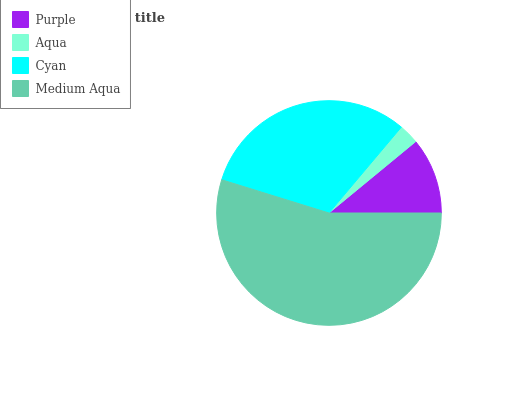
| Purple | Aqua | Cyan | Medium Aqua |
 | --- | --- | --- | --- |
 | 11% | 2.9% | 31.4% | 54.8% |